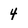
Character: 4